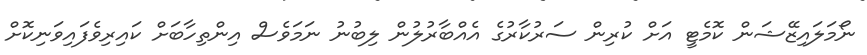
ނޯމަލައިޒޭޝަން ކޮމެޓީ އަށް ކުރިން ސަރުކާރުގެ އެއްބާރުލުން ލިބުނު ނަމަވެސް އިންތިހާބަށް ކައިރިވެފައިވަނިކޮށް